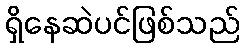
ရှိနေဆဲပင်ဖြစ်သည်